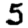
Digit: 5